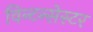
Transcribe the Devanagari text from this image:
विन्टन्सेस्टर